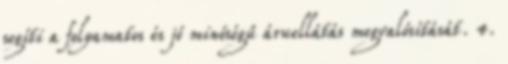
segíti a folyamatos és jó minőségű áruellátás megvalósítását. 4.